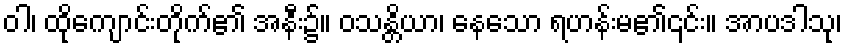
ဝါ၊ ထိုကျောင်းတိုက်၏ အနီး၌။ ဝသန္တိယာ၊ နေသော ရဟန်းမ၏၎င်း။ အာပဒါသု၊